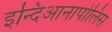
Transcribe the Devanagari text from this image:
इन्दिआनापोलिस